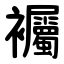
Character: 䙱